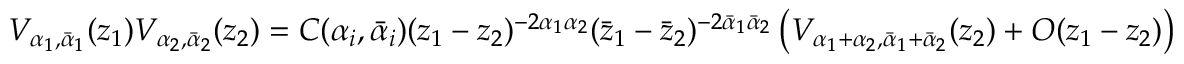
V _ { \alpha _ { 1 } , { \bar { \alpha } } _ { 1 } } ( z _ { 1 } ) V _ { \alpha _ { 2 } , { \bar { \alpha } } _ { 2 } } ( z _ { 2 } ) = C ( \alpha _ { i } , { \bar { \alpha } } _ { i } ) ( z _ { 1 } - z _ { 2 } ) ^ { - 2 \alpha _ { 1 } \alpha _ { 2 } } ( { \bar { z } } _ { 1 } - { \bar { z } } _ { 2 } ) ^ { - 2 { \bar { \alpha } } _ { 1 } { \bar { \alpha } } _ { 2 } } \left( V _ { \alpha _ { 1 } + \alpha _ { 2 } , { \bar { \alpha } } _ { 1 } + { \bar { \alpha } } _ { 2 } } ( z _ { 2 } ) + O ( z _ { 1 } - z _ { 2 } ) \right)